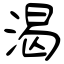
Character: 渴